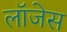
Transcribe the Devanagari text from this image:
लॉजेस